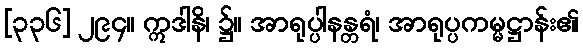
[၃၃၆] ၂၉၄။ ဣဒါနိ၊ ၌။ အာရုပ္ပါနန္တရံ၊ အာရုပ္ပကမ္မဋ္ဌာန်း၏